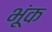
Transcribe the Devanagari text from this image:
भूंक